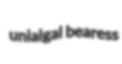
unialgal bearess